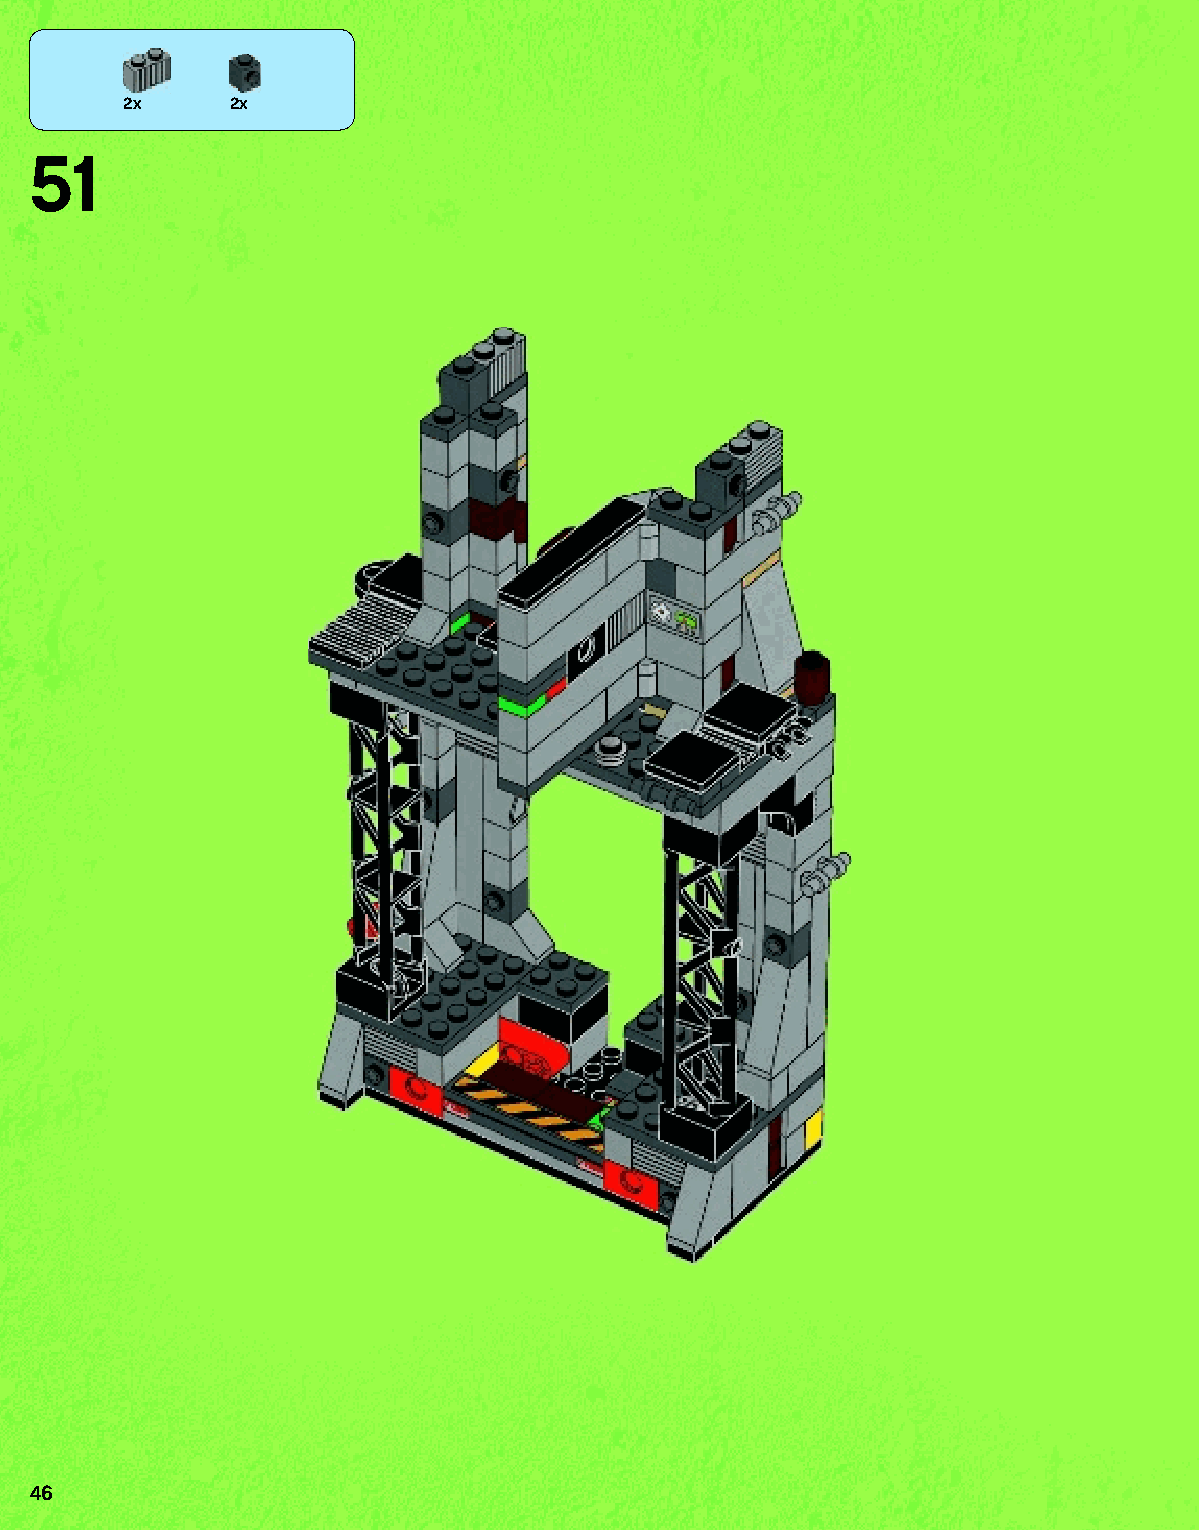
2x     2x
 51
 46
 79117_Book1.indd 46                                               01/11/2013 4:34 PM